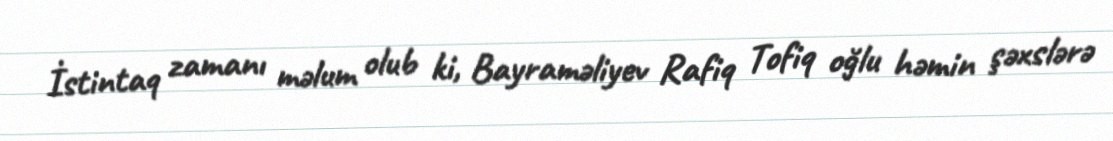
İstintaq zamanı məlum olub ki, Bayraməliyev Rafiq Tofiq oğlu həmin şəxslərə